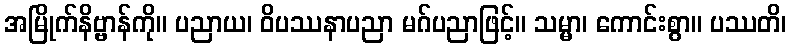
အမြိုက်နိဗ္ဗာန်ကို။ ပညာယ၊ ဝိပဿနာပညာ မဂ်ပညာဖြင့်။ သမ္မာ၊ ကောင်းစွာ။ ပဿတိ၊